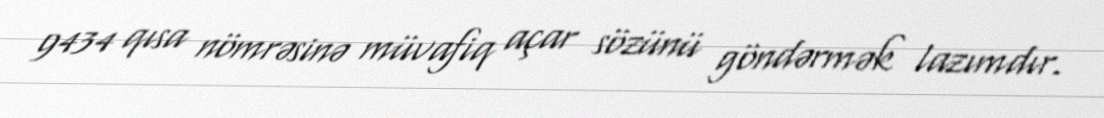
9434 qısa nömrəsinə müvafiq açar sözünü göndərmək lazımdır.